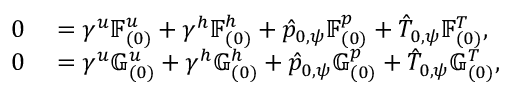
\begin{array} { r l } { 0 } & { { } = \gamma ^ { u } \mathbb { F } _ { ( 0 ) } ^ { u } + \gamma ^ { h } \mathbb { F } _ { ( 0 ) } ^ { h } + \hat { p } _ { 0 , \psi } \mathbb { F } _ { ( 0 ) } ^ { p } + \hat { T } _ { 0 , \psi } \mathbb { F } _ { ( 0 ) } ^ { T } , } \\ { 0 } & { { } = \gamma ^ { u } \mathbb { G } _ { ( 0 ) } ^ { u } + \gamma ^ { h } \mathbb { G } _ { ( 0 ) } ^ { h } + \hat { p } _ { 0 , \psi } \mathbb { G } _ { ( 0 ) } ^ { p } + \hat { T } _ { 0 , \psi } \mathbb { G } _ { ( 0 ) } ^ { T } , } \end{array}